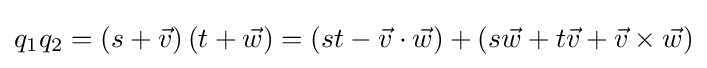
q_{1}q_{2}=\left(s+{\vec {v}}\right)\left(t+{\vec {w}}\right)=\left(st-{\vec {v}}\cdot {\vec {w}}\right)+\left(s{\vec {w}}+t{\vec {v}}+{\vec {v}}\times {\vec {w}}\right)